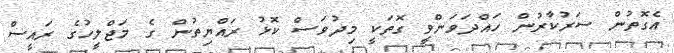
އެގޮތުން ސަރުކާރުން ހައްދަވަންވީ ގޮތަކީ މިދުވަސް ކޮޅު ރައްޔިތުން ގެ މަޖްލީހުގެ ރައީސް